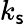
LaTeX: k_{\mathsf{s}}